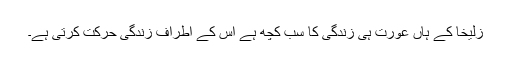
زُلیخا کے ہاں عورت ہی زندگی کا سب کچھ ہے اس کے اطراف زندگی حرکت کرتی ہے۔